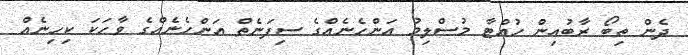
ދެން ތިބޯ ރާބުއިން ހުއްޓާ މުސްލިމު އަންހެނެއްގެ ސިފަނެތް އަންހެނެއްގެ ވާހަކަ ކިހިނެއް